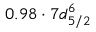
0 . 9 8 \cdot 7 d _ { 5 / 2 } ^ { 6 }